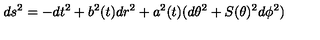
d s ^ { 2 } = - d t ^ { 2 } + b ^ { 2 } ( t ) d r ^ { 2 } + a ^ { 2 } ( t ) ( d \theta ^ { 2 } + S ( \theta ) ^ { 2 } d \phi ^ { 2 } )